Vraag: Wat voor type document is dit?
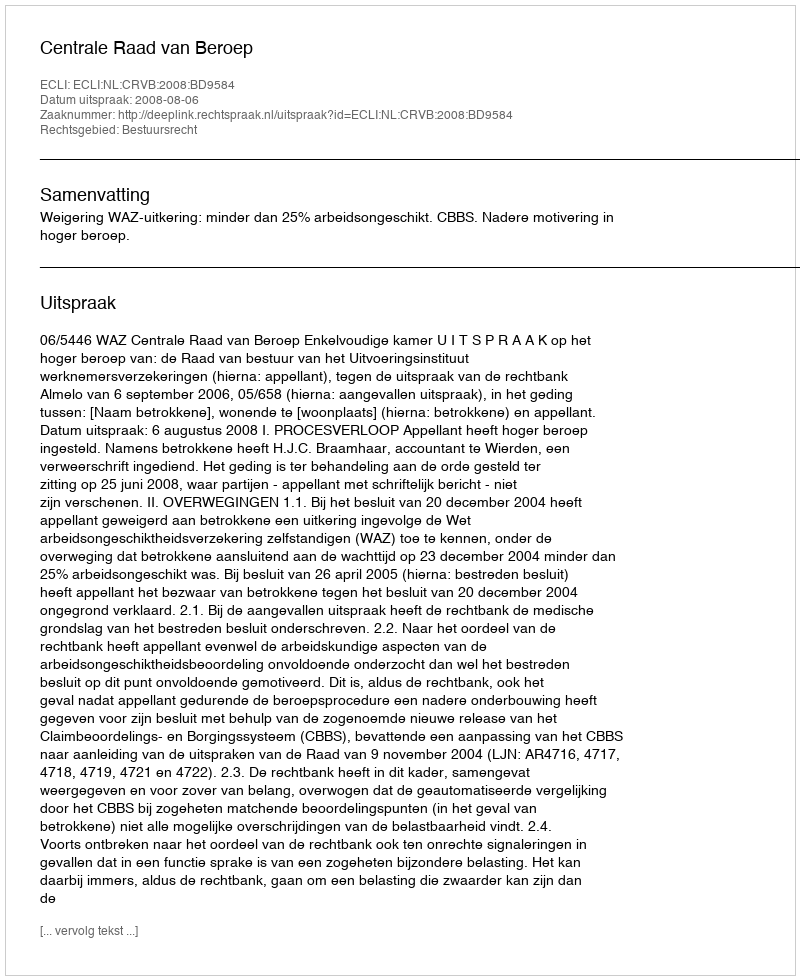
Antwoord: Uitspraak